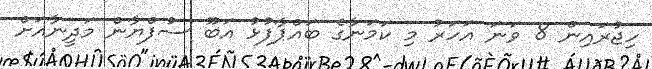
ހިޖުރައިން 8 ވަނަ އަހަރު މި ކަމަނާގެ ބައްޕާފުޅު އަބޫ ސުފްޔާން މަދީނާއަށް